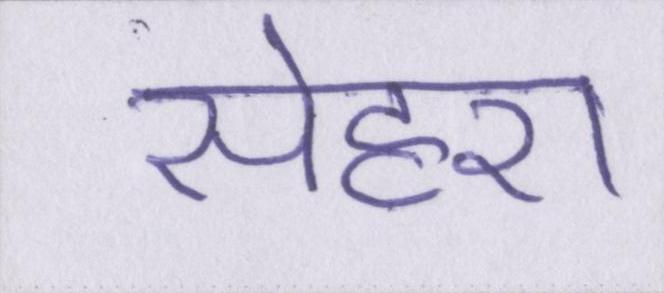
सेहरा